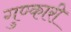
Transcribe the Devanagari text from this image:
गुण्कारी